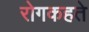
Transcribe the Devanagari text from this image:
रोगकहते